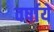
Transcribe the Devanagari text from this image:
वर्षाये